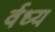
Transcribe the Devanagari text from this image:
र्वध्य